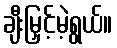
ချီးမြှင့်မဲ့ရွယ်။